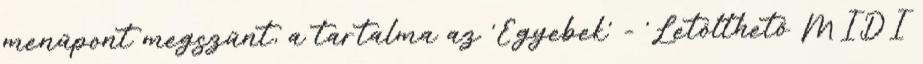
menűpont megszűnt, a tartalma az 'Egyebek' - 'Letölthető MIDI